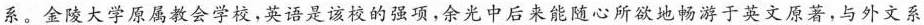
系。金陵大学原属教会学校，英语是该校的强项，余光中后来能随随心所欲地畅游于英文原著，与外文系